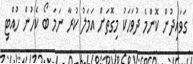
ގަވައިދުން ކޮންމެ ދުވަހަކު މިގޮތަށް އަމަލު ކުރާ ނަމަ ބޯ ކެހުން ހުއްޓި